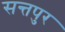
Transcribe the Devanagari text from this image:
सन्तपुर